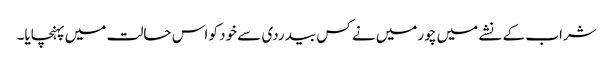
شراب کے نشے میں چورمیں نے کس بیدردی سے خود کو اس حالت میں پہنچایا۔